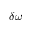
\delta \omega